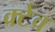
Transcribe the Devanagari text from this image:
क्टेव